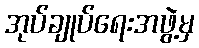
အုပ်ချုပ်ရေးအဖွဲ့မှ